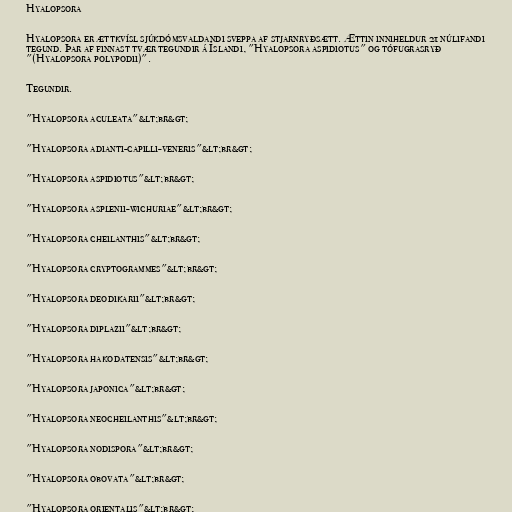
Hyalopsora

Hyalopsora er ættkvísl sjúkdómsvaldandi sveppa af stjarnryðsætt. Ættin inniheldur 21 núlifandi
tegund. Þar af finnast tvær tegundir á Íslandi, "Hyalopsora aspidiotus" og tófugrasryð
"(Hyalopsora polypodii)".

Tegundir.

"Hyalopsora aculeata"&lt;br&gt;

"Hyalopsora adianti-capilli-veneris"&lt;br&gt;

"Hyalopsora aspidiotus"&lt;br&gt;

"Hyalopsora asplenii-wichuriae"&lt;br&gt;

"Hyalopsora cheilanthis"&lt;br&gt;

"Hyalopsora cryptogrammes"&lt;br&gt;

"Hyalopsora deodikarii"&lt;br&gt;

"Hyalopsora diplazii"&lt;br&gt;

"Hyalopsora hakodatensis"&lt;br&gt;

"Hyalopsora japonica"&lt;br&gt;

"Hyalopsora neocheilanthis"&lt;br&gt;

"Hyalopsora nodispora"&lt;br&gt;

"Hyalopsora obovata"&lt;br&gt;

"Hyalopsora orientalis"&lt;br&gt;